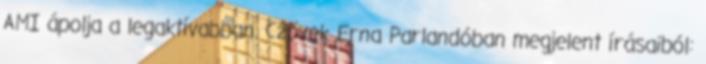
AMI ápolja a legaktívabban. Czövek Erna Parlandóban megjelent írásaiból: